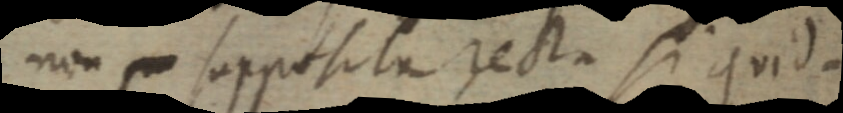
non _ supposita recta si quid.